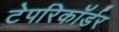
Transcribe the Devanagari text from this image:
टेपरिकॉर्डर